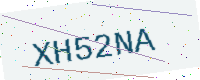
Text: XH52NA